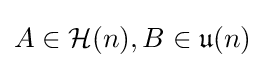
A\in {\mathcal {H}}(n),B\in {\mathfrak {u}}(n)